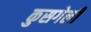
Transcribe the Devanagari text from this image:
कुसगेली